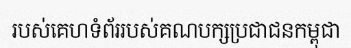
របស់គេហទំព័ររបស់គណបក្សប្រជាជនកម្ពុជា